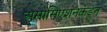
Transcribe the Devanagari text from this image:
असोसिएशनकडून